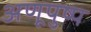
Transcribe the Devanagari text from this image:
अणूपुष्प